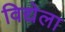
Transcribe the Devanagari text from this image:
विद्येला